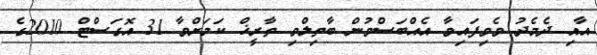
އާއި ދެމެދު ވެވިފައިވާ އެއްބަސްވުން ބާތިލްވި ތާރީޚް ކަމަށްވާ 31 އޮގަސްޓް 2010ގެ